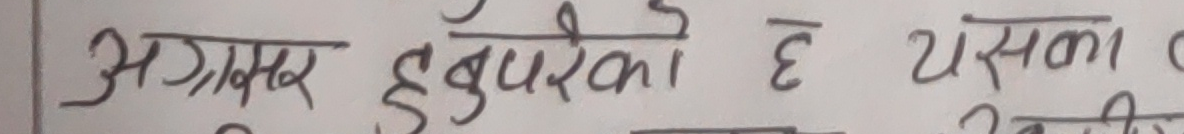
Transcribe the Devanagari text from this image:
अग्रसर हुनुपर्नेको छ यसका